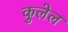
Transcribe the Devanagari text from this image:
कुलेल